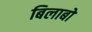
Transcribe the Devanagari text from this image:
बिलाबो